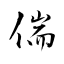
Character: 偳